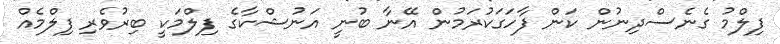
ފިލްމު ގެނެސްދިނުން ކަން ފާހަގަކުރަމުން އޭނާ ބުނީ އަނުޝްކާގެ ފިލްމަކީ ބިރުވެރި ފިލްމެއް